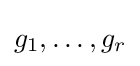
g_{1},\ldots ,g_{r}